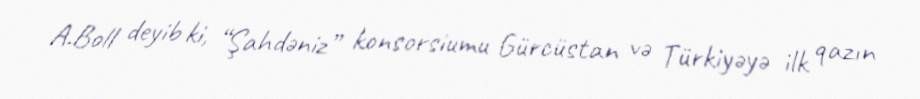
A.Boll deyib ki, “Şahdəniz” konsorsiumu Gürcüstan və Türkiyəyə ilk qazın